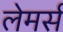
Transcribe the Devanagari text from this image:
लेमर्स